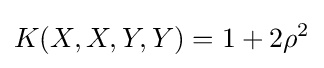
K(X,X,Y,Y)=1+2\rho ^{2}